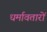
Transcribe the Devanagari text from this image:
धर्मावतारों